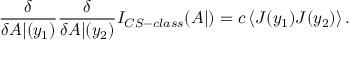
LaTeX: \frac { \delta } { \delta A | ( y _ { 1 } ) } \frac { \delta } { \delta A | ( y _ { 2 } ) } I _ { C S - c l a s s } ( A | ) = c \left< J ( y _ { 1 } ) J ( y _ { 2 } ) \right> .